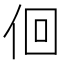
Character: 佪